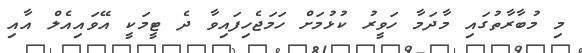
މި މުބާރާތުގައި މާދަމާ ހަވީރު ކުޅުމަށް ހަމަޖެހިފައިވާ ދެ ޓީމަކީ އޭވައިއެލް އާއި